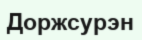
Доржсурэн